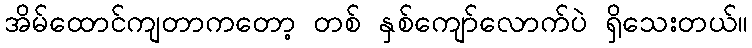
အိမ်ထောင်ကျတာကတော့ တစ် နှစ်ကျော်လောက်ပဲ ရှိသေးတယ်။